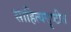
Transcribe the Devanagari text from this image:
साहित्यसॄष्टीत